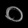
Digit: ၀